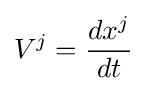
V^{j}={\frac {dx^{j}}{dt}}